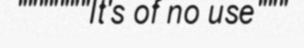
"""""""It's of no use"""